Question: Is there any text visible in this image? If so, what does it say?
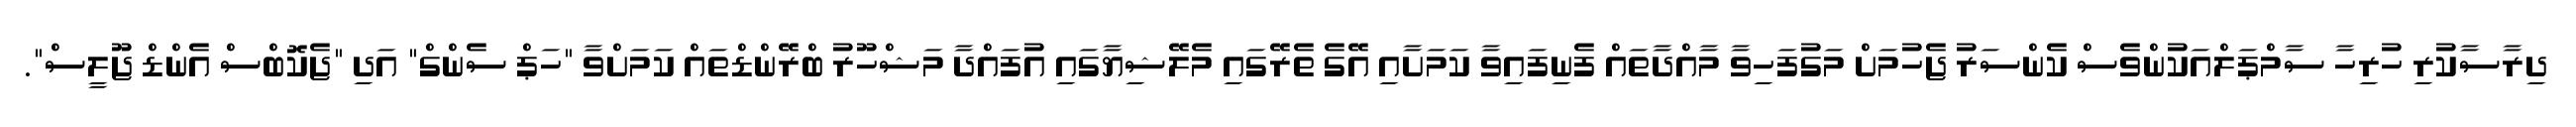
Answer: ދިރާސާކުރި ހުރިހާ ސާމްޕަލްއަކުންވެސް ކެންސަރު ޖެހުމަށް މަގުފަހިވާ މާއްދާތައް ފެނިފައިވާ ކަމަށާއި އޭގެ ތެރޭގައި މެލޭޝިޔާގައި އުފައްދާ މަޝްހޫރު ބްރޭންޑްތައް ކަމަށްވާ "ހަޕް ސެންގް" އަދި "ޖެކޮބްސް އެންޑް ޖޫލީސް".